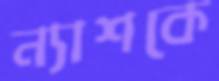
ন্যাশকে